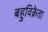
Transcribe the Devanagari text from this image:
बहुविक्रेता